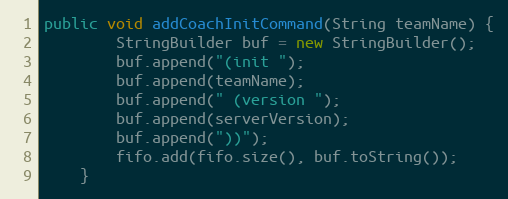
Language: Java
public void addCoachInitCommand(String teamName) {
        StringBuilder buf = new StringBuilder();
        buf.append("(init ");
        buf.append(teamName);
        buf.append(" (version ");
        buf.append(serverVersion);
        buf.append("))");
        fifo.add(fifo.size(), buf.toString());
    }